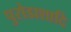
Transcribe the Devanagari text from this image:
पुरोडाशादि